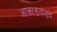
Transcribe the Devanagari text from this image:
आकाडतांडव